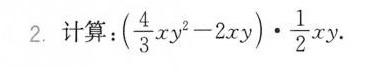
2.计算：（\frac{4}{3}xy^{2}-2xy）·\frac{1}{2}xy.